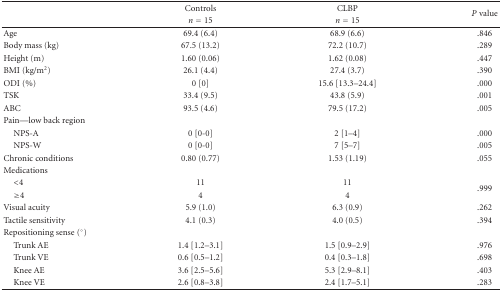
<table><thead><tr><td rowspan="2"><b> </b></td><td><b>Controls</b></td><td><b>CLBP</b></td><td rowspan="2"><b><i>P</i> value</b></td></tr><tr><td><b><i>n</i> = 15</b></td><td><b><i>n</i> = 15</b></td></tr></thead><tbody><tr><td>Age</td><td>69.4 (6.4)</td><td>68.9 (6.6)</td><td>.846</td></tr><tr><td>Body mass (kg)</td><td>67.5 (13.2)</td><td>72.2 (10.7)</td><td>.289</td></tr><tr><td>Height (m)</td><td>1.60 (0.06)</td><td>1.62 (0.08)</td><td>.447</td></tr><tr><td>BMI (kg/m<sup>2</sup>)</td><td>26.1 (4.4)</td><td>27.4 (3.7)</td><td>.390</td></tr><tr><td>ODI (%)</td><td>0 [0]</td><td>15.6 [13.3–24.4]</td><td>.000</td></tr><tr><td>TSK</td><td>33.4 (9.5)</td><td>43.8 (5.9)</td><td>.001</td></tr><tr><td>ABC</td><td>93.5 (4.6)</td><td>79.5 (17.2)</td><td>.005</td></tr><tr><td>Pain—low back region</td><td> </td><td> </td><td> </td></tr><tr><td> NPS-A</td><td>0 [0-0]</td><td>2 [1–4]</td><td>.000</td></tr><tr><td> NPS-W</td><td>0 [0-0]</td><td>7 [5–7]</td><td>.005</td></tr><tr><td>Chronic conditions</td><td>0.80 (0.77)</td><td>1.53 (1.19)</td><td>.055</td></tr><tr><td>Medications</td><td> </td><td> </td><td> </td></tr><tr><td> &lt;4</td><td>11</td><td>11</td><td rowspan="2">.999</td></tr><tr><td> ≥4</td><td>4</td><td>4</td></tr><tr><td>Visual acuity</td><td>5.9 (1.0)</td><td>6.3 (0.9)</td><td>.262</td></tr><tr><td>Tactile sensitivity</td><td>4.1 (0.3)</td><td>4.0 (0.5)</td><td>.394</td></tr><tr><td>Repositioning sense (<sup>°</sup>)</td><td> </td><td> </td><td> </td></tr><tr><td> Trunk AE</td><td>1.4 [1.2–3.1]</td><td>1.5 [0.9–2.9]</td><td>.976</td></tr><tr><td> Trunk VE</td><td>0.6 [0.5–1.2]</td><td>0.4 [0.3–1.8]</td><td>.698</td></tr><tr><td> Knee AE</td><td>3.6 [2.5–5.6]</td><td>5.3 [2.9–8.1]</td><td>.403</td></tr><tr><td> Knee VE</td><td>2.6 [0.8–3.8]</td><td>2.4 [1.7–5.1]</td><td>.283</td></tr></tbody></table>